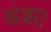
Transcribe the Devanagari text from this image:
फंका।